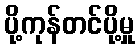
ပို့ကုန်တင်ပို့မှု